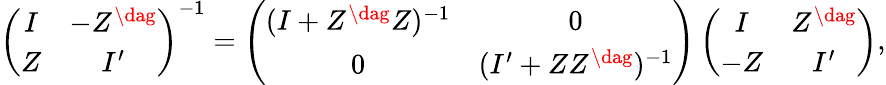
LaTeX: \left(\begin{array}{cc}{{I}}&{{-Z^{\dag}}}\\ {{Z}}&{{I^{\prime}}}\end{array}\right)^{-1}=\left(\begin{array}{cc}{{(I+Z^{\dag}Z)^{-1}}}&{{0}}\\ {{0}}&{{(I^{\prime}+ZZ^{\dag})^{-1}}}\end{array}\right)\left(\begin{array}{cc}{{I}}&{{Z^{\dag}}}\\ {{-Z}}&{{I^{\prime}}}\end{array}\right),